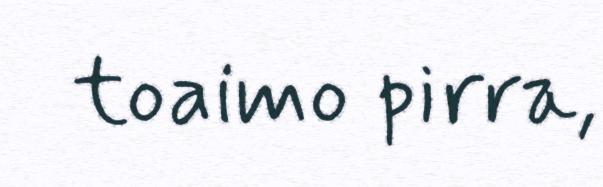
toaimo pirra,